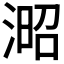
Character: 𣸬